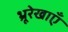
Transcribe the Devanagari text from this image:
भ्रूरेखाएँ